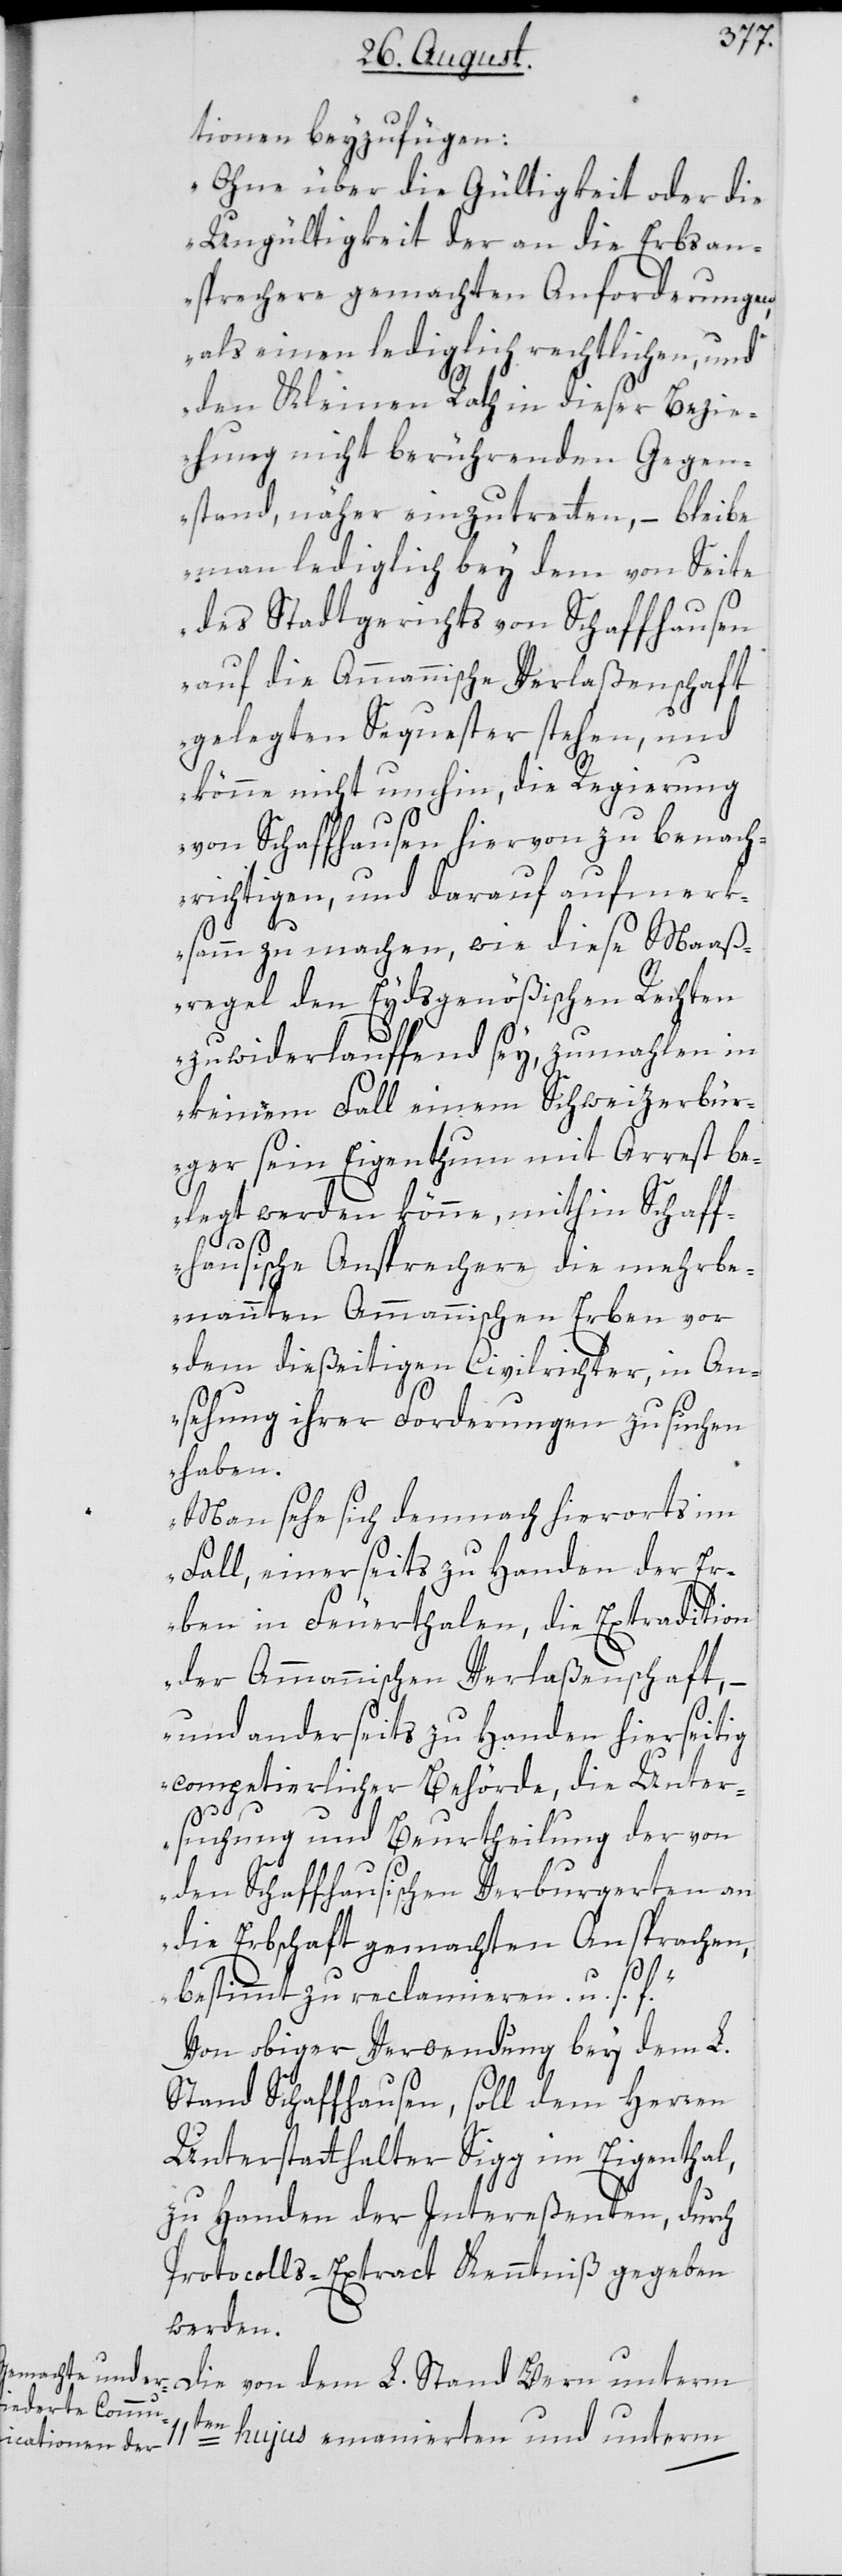
tionen beyzufügen:
„Ohne über die Gültigkeit oder die
Ungültigkeit der an die Erbsan¬
sprechere gemachten Anforderungen,
als einen lediglich rechtlichen, und
den Kleinen Rath in dieser Bezie¬
hung nicht berührenden Gegen¬
stand, näher einzutretten, – bleibe
man lediglich bey dem von Seite
des Stadtgerichts von Schaffhausen
auf die Ammannische Verlaßenschaft
gelegten Sequester stehen, und
könne nicht umhin, die Regierung
von Schaffhausen hiervon zu benach¬
richtigen, und darauf aufmerk¬
samm zu machen, wie diese Maaß¬
regel den Eydsgenößischen Rechten
zuwiderlauffend sey, zumahlen in
keinem Fall einem Schweizerbür¬
ger sein Eigenthum mit Arrest be¬
legt werden könne, mithin Schaff¬
hausische Ansprechere die mehrbe¬
nannten Ammannischen Erben vor
dem dießeitigen Civilrichter, in An¬
sehung ihrer Forderungen zu suchen
haben.
Man sehe sich demnach hierorts im
Fall, einerseits zu Handen der Er¬
ben in Feuerthalen, die Extradition
der Ammannischen Verlaßenschaft, –
und anderseits zu Handen hierseitig
competierlicher Behörde, die Unter¬
suchung und Beurtheilung der von
den Schaffhausischen Verburgerten an
die Erbschaft gemachten Ansprachen,
bestimmt zu reclamieren u. s.
Von obiger Verwendung bey dem L.
Stand Schaffhausen, soll dem Herren
Unterstatthalter Sigg im Eigenthal,
zu Handen der Intereßenten, durch
Protocolls-Extract Kenntniß gegeben
werden.
Die von dem L. Stand Bern unterm